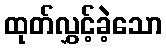
ထုတ်လွှင့်ခဲ့သော